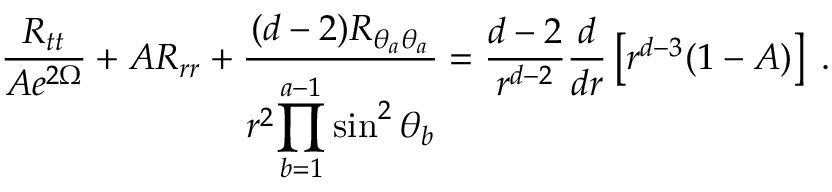
\frac { R _ { t t } } { A e ^ { 2 \Omega } } + A R _ { r r } + \frac { ( d - 2 ) R _ { \theta _ { a } \theta _ { a } } } { r ^ { 2 } \displaystyle { \prod _ { b = 1 } ^ { a - 1 } \sin ^ { 2 } \theta _ { b } } } = \frac { d - 2 } { r ^ { d - 2 } } \frac { d } { d r } \left[ r ^ { d - 3 } ( 1 - A ) \right] \; .